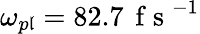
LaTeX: \omega_{p\mathfrak{l}}=82.7\, \mathrm{{~f~s~}}^{-1}